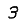
Digit: 3